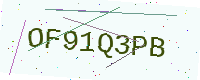
Text: OF91Q3PB